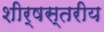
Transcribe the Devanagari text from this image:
शीर्षस्तरीय